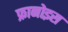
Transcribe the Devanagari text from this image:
फ्रानोइस